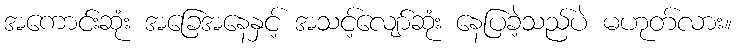
အကောင်းဆုံး အခြေအနေနှင့် အသင့်လျော်ဆုံး နေပြခဲ့သည်ပဲ မဟုတ်လား။